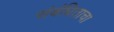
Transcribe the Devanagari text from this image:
संबंधिताचा